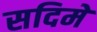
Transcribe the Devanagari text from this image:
सदिमे